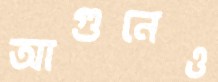
আগুনেও